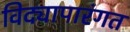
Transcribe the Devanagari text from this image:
विद्यापारंगत